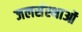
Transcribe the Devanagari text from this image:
जलसंस्थाओं